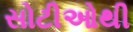
સોટીઓથી